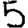
Digit: 5